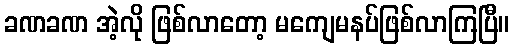
ခဏခဏ အဲ့လို ဖြစ်လာတော့ မကျေမနပ်ဖြစ်လာကြပြီ။